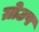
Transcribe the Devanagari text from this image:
ग्रोउप